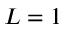
L = 1